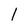
Character: 1